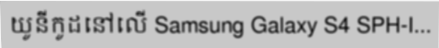
យូនីកូដនៅលើ Samsung Galaxy S4 SPH-I...